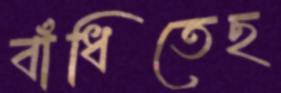
বাঁধিতেছ